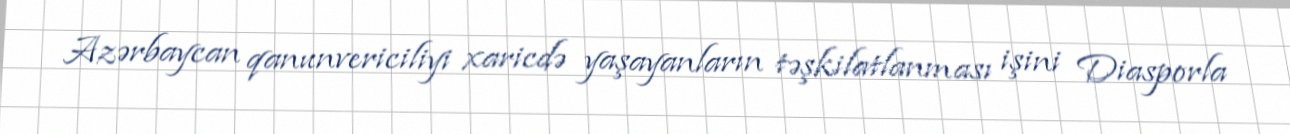
Azərbaycan qanunvericiliyi xaricdə yaşayanların təşkilatlanması işini Diasporla